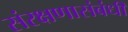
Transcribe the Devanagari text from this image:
संरक्षणासंबंधी